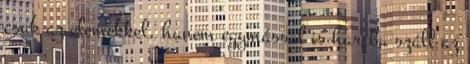
csak az elemekkel, hanem egymással is harcba száll az